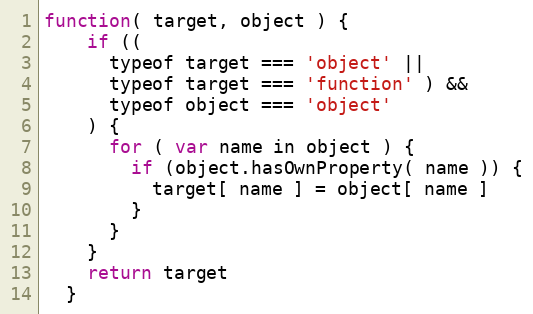
Language: JavaScript
function( target, object ) {
    if ((
      typeof target === 'object' ||
      typeof target === 'function' ) &&
      typeof object === 'object'
    ) {
      for ( var name in object ) {
        if (object.hasOwnProperty( name )) {
          target[ name ] = object[ name ]
        }
      }
    }
    return target
  }